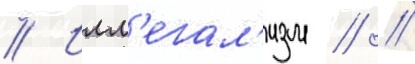
// Илл'егал'изм // //